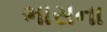
ભાસના